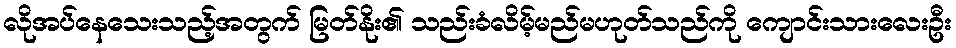
လိုအပ်နေသေးသည့်အတွက် မြတ်နိုး၏ သည်းခံလိမ့်မည်မဟုတ်သည်ကို ကျောင်းသားလေးဦး